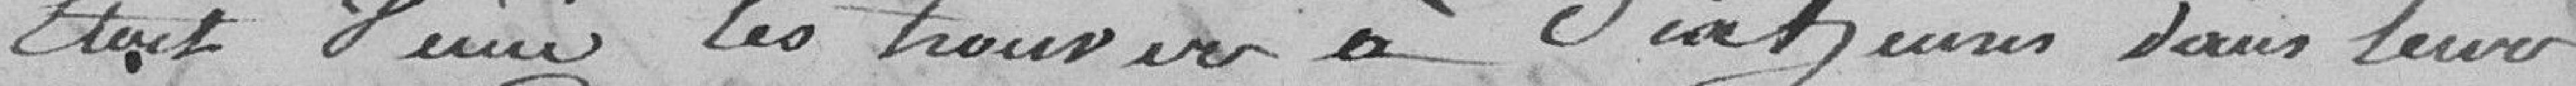
était Jeune les trouver à dans leur